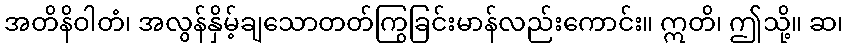
အတိနိဝါတံ၊ အလွန်နှိမ့်ချသောတတ်ကြွခြင်းမာန်လည်းကောင်း။ ဣတိ၊ ဤသို့။ ဆ၊